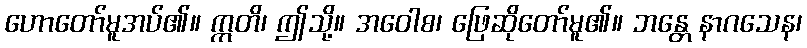
ဟောတော်မူအပ်၏။ ဣတိ၊ ဤသို့။ အဝေါစ၊ ဖြေဆိုတော်မူ၏။ ဘန္တေ နာဂသေန၊